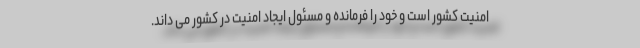
امنیت کشور است و خود را فرمانده و مسئول ایجاد امنیت در کشور می داند.